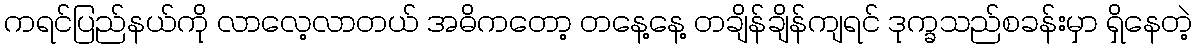
ကရင်ပြည်နယ်ကို လာလေ့လာတယ် အဓိကတော့ တနေ့နေ့ တချိန်ချိန်ကျရင် ဒုက္ခသည်စခန်းမှာ ရှိနေတဲ့